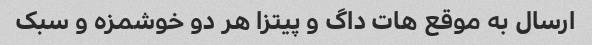
ارسال به موقع هات داگ و پیتزا هر دو خوشمزه و سبک